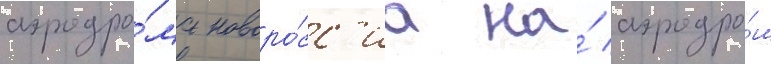
аэродро́ма новоро́сс'иа на́ аэродро́м